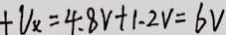
+ V _ { x } = 4 . 8 V + 1 . 2 V = 6 V